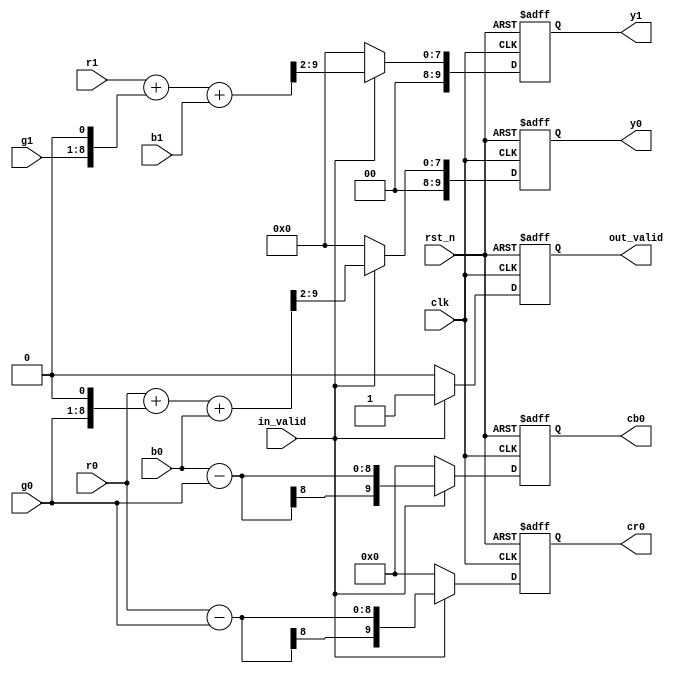
module forward_rct 
#(
    parameter IMG_PIX_W  = 8,
              WAVE_PIX_W = 10
)
(  
    input clk,
    input rst_n,
    input in_valid,
    input [IMG_PIX_W-1:0] r0, g0, b0,
    input [IMG_PIX_W-1:0] r1, g1, b1,
    output reg out_valid,
    output reg [WAVE_PIX_W-1:0] y0, y1, cb0, cr0
);

/*Signals*/
wire [WAVE_PIX_W-1:0] tmp_y0 = {2'b00, r0} + {1'b0, g0,1'b0} + {2'b00, b0};//r0 + (g0<<<1) + b0
wire [WAVE_PIX_W-1:0] tmp_y1 = {2'b00, r1} + {1'b0, g1,1'b0} + {2'b00, b1};//r1 + (g1<<<1) + b1
wire [WAVE_PIX_W-1:0] tmp_cb = {2'b00, b0} - {2'b00, g0};//b0-g0
wire [WAVE_PIX_W-1:0] tmp_cr = {2'b00, r0} - {2'b00, g0};//r0-g0
/*Sequential logic*/
always @(posedge clk or negedge rst_n) begin
    if(!rst_n) begin
        y0  <= 0;
        y1  <= 0;
        cb0 <= 0;
        cr0 <= 0;
        out_valid <= 0;
    end else begin
        if(in_valid) begin
            y0  <= {2'b0,tmp_y0[9:2]};
            y1  <= {2'b0,tmp_y1[9:2]};
            cb0 <= tmp_cb;
            cr0 <= tmp_cr;
            out_valid <= 1;
        end else begin
            y0  <= 0;
            y1  <= 0;
            cb0 <= 0;
            cr0 <= 0;
            out_valid <= 0;
        end
    end
end

endmodule